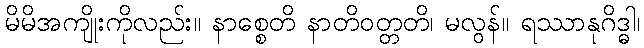
မိမိအကျိုးကိုလည်း။ နာစ္စေတိ နာတိဝတ္တတိ၊ မလွန်။ ရဿာနုဂိဒ္ဓါ၊